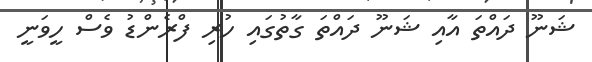
ޝަނޫ ދައްތަ އާއި ޝަނޫ ދައްތަ ގާތުގައި ހުރި ފްރެންޑު ވެސް ހީވަނީ